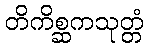
တိကိစ္ဆကသုတ္တံ